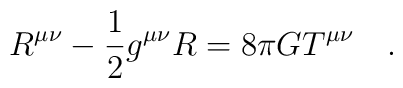
R^{\mu\nu}-\frac 12 g^{\mu\nu}R=8\pi G T^{\mu\nu}~~~.